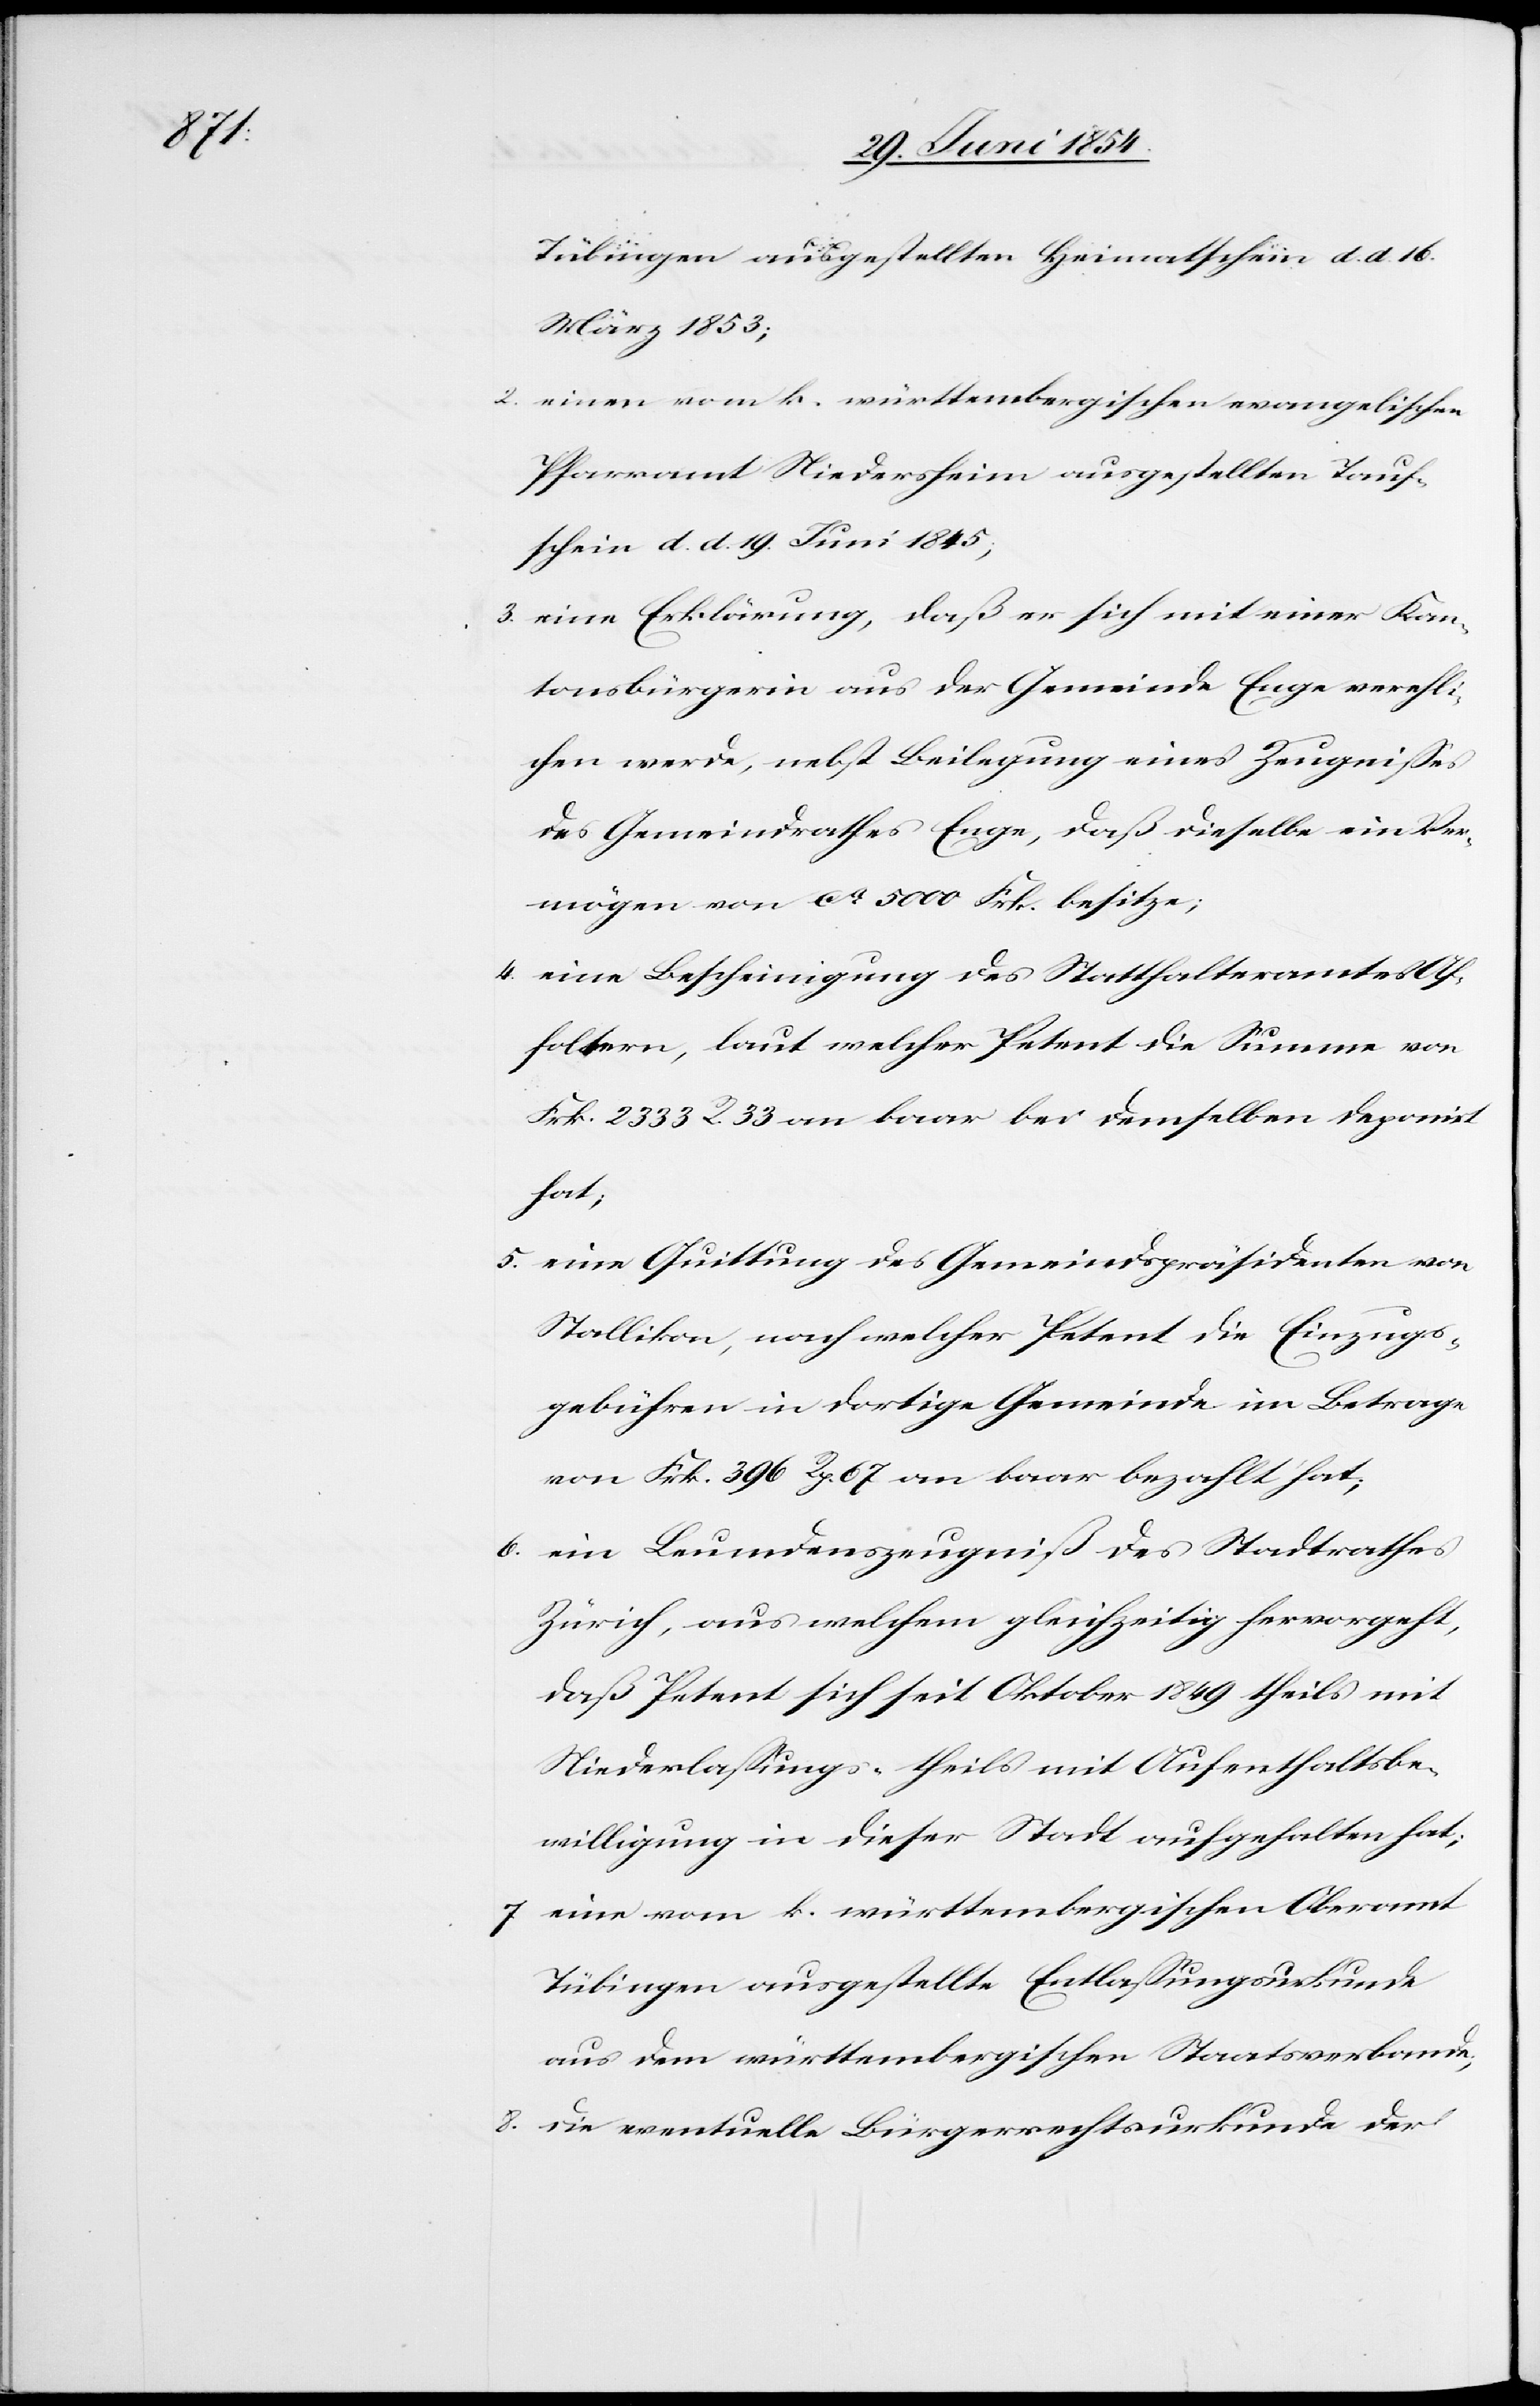
Tübingen ausgestellten Heimatschein d. d. 16.
März 1853;
2. einen vom k. württembergischen evangelischen
Pfarramt Niedersheim ausgestellten Tauf¬
schein d. d. 19. Juni 1845;
3. eine Erklärung, daß er sich mit einer Kan¬
tonsbürgerin aus der Gemeinde Enge vereheli¬
chen werde, nebst Beilegung eines Zeugnißes
des Gemeindrathes Enge, daß dieselbe ein Ver¬
mögen von ca 5000 Frk. besitze;
4. eine Bescheinigung des Statthalteramtes Af¬
foltern, laut welcher Petent die Summe von
Frk. 2333 R. 33 an baar bei demselben deponirt
hat;
5. eine Quittung des Gemeindspräsidenten von
Stallikon, nach welcher Petent die Einzugs¬
gebühren in dortige Gemeinde im Betrage
von Frk. 396 R. 67 an baar bezahlt hat;
6. ein Leumdenszeugniß des Stadtrathes
Zürich, aus welchem gleichzeitig hervorgeht,
daß Petent sich seit Oktober 1849 theils mit
Niederlaßungs- theils mit Aufenthaltsbe¬
willigung in dieser Stadt aufgehalten hat;
7. eine vom k. württembergischen Oberamt
Tübingen ausgestellte Entlaßungsurkunde
aus dem württembergischen Staatsverbande;
8. die eventuelle Bürgerrechtsurkunde der